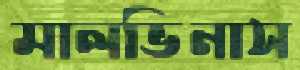
মালভিনাস